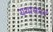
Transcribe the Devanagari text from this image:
यथासभवं